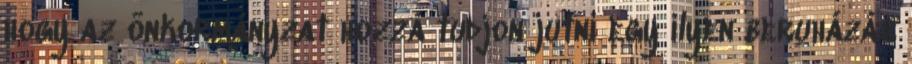
hogy az önkormányzat hozzá tudjon jutni egy ilyen beruházás